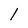
Character: l